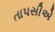
તાપસીએ